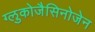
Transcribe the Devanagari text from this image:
ग्लुकोजैसिनोजेन